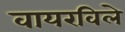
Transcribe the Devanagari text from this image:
वायरविले